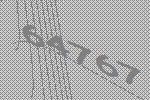
64767